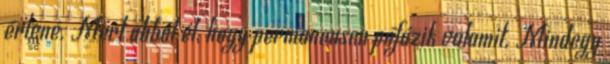
értené. Mert abból él, hogy permanensen pofázik valamit. Mindegy